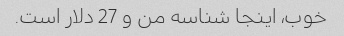
خوب، اینجا شناسه من و 27 دلار است.